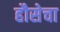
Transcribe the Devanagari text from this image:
हौसेचा